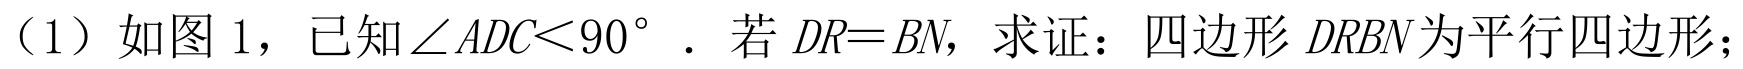
（1）如图 1，已知\(\angle ADC<90^{\circ}\). 若 \(DR = BN\)，求证：四边形 \(DRBN\)为平行四边形；